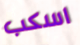
اسكب